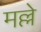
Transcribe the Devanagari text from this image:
मल्ले